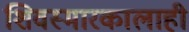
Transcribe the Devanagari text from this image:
शिवस्मारकालाही